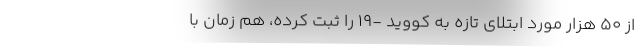
از ۵۰ هزار مورد ابتلای تازه به کووید -۱۹ را ثبت کرده، هم زمان با